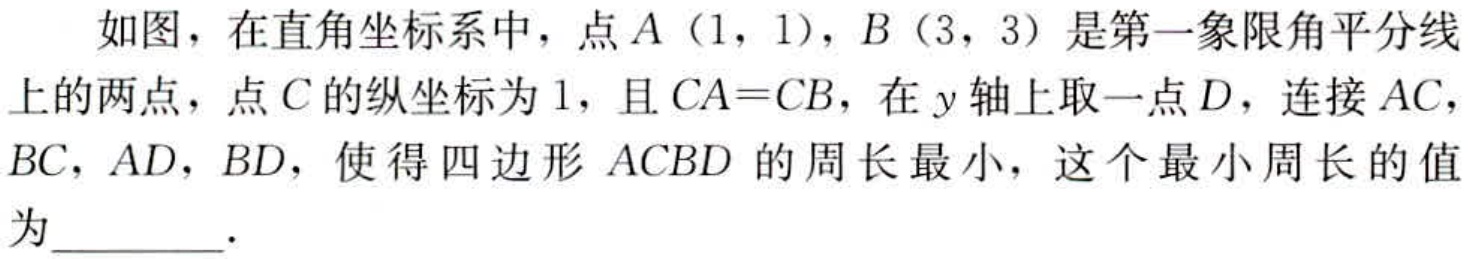
如图，在直角坐标系中，点\(A(1,1)\)，\(B(3,3)\)是第一象限角平分线上的两点，点\(C\)的纵坐标为\(1\)，且\(CA = CB\)，在\(y\)轴上取一点\(D\)，连接\(AC\)，\(BC\)，\(AD\)，\(BD\)，使得四边形\(ACBD\)的周长最小，这个最小周长的值为  ．